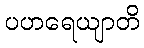
ပဟရေယျာတိ